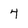
Character: 4